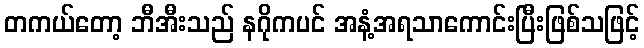
တကယ်တော့ ဘီအီးသည် နဂိုကပင် အနံ့အရသာကောင်းပြီးဖြစ်သဖြင့်